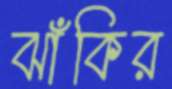
ঝাঁকির